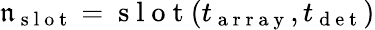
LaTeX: \mathfrak{n}_{\mathrm{{~s~l~o~t~}}}=\mathrm{{~s~l~o~t~}}(t_{\mathrm{{~a~r~r~a~y~}}},t_{\mathrm{{~d~e~t~}}})